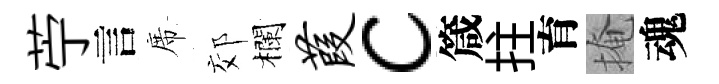
苧言席郊欄葭c箴拄育掩魂